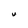
Character: U